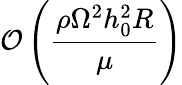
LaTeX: \mathcal{O}\left(\frac{\rho\Omega^{2}h_{0}^{2}R}{\mu}\right)